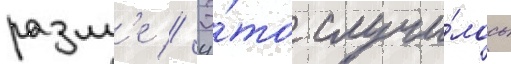
рамл'е // Э́то случи́лось